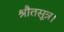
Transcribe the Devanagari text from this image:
श्रौतसूत्र।